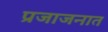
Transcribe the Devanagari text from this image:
प्रजाजनात